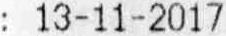
: 13-11-2017